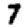
Digit: 7